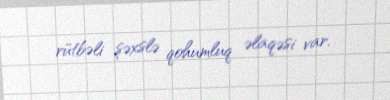
rütbəli şəxslə qohumluq əlaqəsi var.